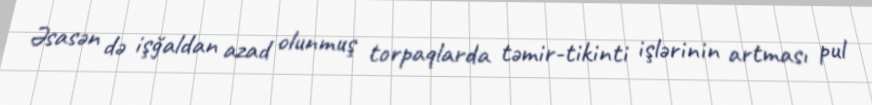
Əsasən də işğaldan azad olunmuş torpaqlarda təmir-tikinti işlərinin artması pul